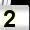
Digit: 2